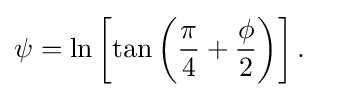
{\begin{aligned}\psi &=\ln \left[\tan \left({\frac {\pi }{4}}+{\frac {\phi }{2}}\right)\right].\end{aligned}}